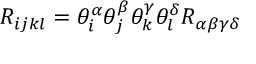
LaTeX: R _ { i j k l } = \theta _ { i } ^ { \alpha } \theta _ { j } ^ { \beta } \theta _ { k } ^ { \gamma } \theta _ { l } ^ { \delta } R _ { \alpha \beta \gamma \delta }